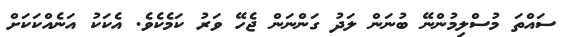
ސައްތަ މުސްލިމުންނޭ ބުނަން ލަދު ގަންނަން ޖެހޭ ވަރު ކަމެކެވެ. އެކަކު އަނެއްކަކަށް